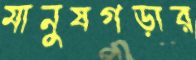
মানুষগড়ার